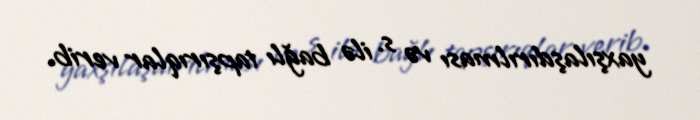
yaxşılaşdırılması və s. ilə bağlı tapşırıqlar verib.